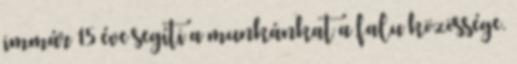
immár 15 éve segíti a munkánkat a falu közössége.